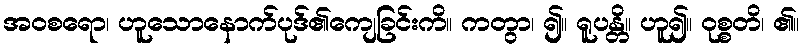
အဝစရော၊ ဟူသောနောက်ပုဒ်၏ကျေခြင်းကိ။ ကတွာ၊ ၍။ ရူပန္တိ။ ဟူ၍။ ဝုစ္စတိ၊ ၏။